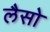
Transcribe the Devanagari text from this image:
लैसो